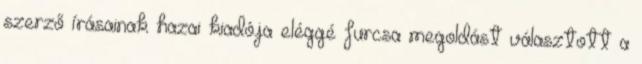
szerző írásainak hazai kiadója eléggé furcsa megoldást választott a